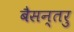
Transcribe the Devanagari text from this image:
बैसन्तरु